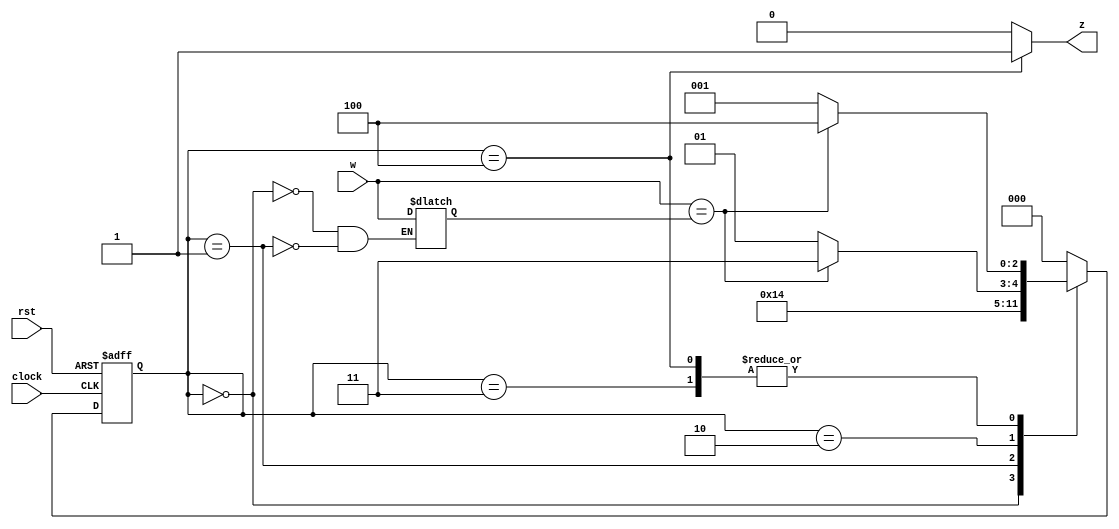
/***************************************************************************
                           Universidad de Costa Rica
                 		     IE-1119 
 				Verificacin Funcional
                                  I Ciclo 2018

 Autor: Pablo Avila B30724

 Descripcion:
 Se requiere disenar un detector de flancos, en el cual despues de 4 1's
 consecutivos en la entrada 'w', la salida 'z' se ponga en alto, incluyendo 
 secuencias traslapadas. El detector cuenta con entradas y salidas sincronicas.

*****************************************************************************/
`timescale 1s / 100ms

module detector2(
  clock,	// Clock
  rst,		// Reset: Active high, sync.
  w, 			// Detector data input
  z				// Detector output
  ); 

//------------- Input Ports --------------------------------
  input wire clock, rst, w;


//------------- Output Ports -------------------------------
  output reg z;


//------------- Internal Constants--------------------------
parameter SIZE = 3;
parameter S0 = 3'b000, S1 = 3'b001, S2 = 3'b010,
          S3 = 3'b011, S4 = 3'b100;    


//------------- Internal Variables---------------------------
reg [SIZE-1:0]	state        ; // Seq part of the FSM
reg [SIZE-1:0]	next_state   ; // combo part of FSM
reg             last_w;		 


//------------- Next State Logic ----------------------------
always @ (state or w)
begin : NEXT_STATE_LOGIC

 case(state)
   S0 : begin
          next_state = S1;
				  last_w = w;
				end

   S1 : begin
					if (w == last_w) begin
                next_state = S2;
          end else begin
                next_state = S2;	
					end
				  last_w = w;		
				end

   S2 : begin
 				  if (w == last_w)
                next_state = S3;
          else
                next_state = S1;		
				end

   S3 : begin
				  if (w == last_w)
                next_state = S4;
          else
                next_state = S1;		
				end

   S4 : begin
					if (w == last_w)
                next_state = S4;
          else
                next_state = S1;		
				end

   default : begin
								next_state = S0;
						 end  
endcase

end

//------------- Sequential Logic-----------------------------
always @ (posedge clock or posedge rst)
begin : FSM_SEQ

  if (rst == 1'b1)
    state <= S0;
  else
    state <= next_state;

end

//------------- Output Logic-----------------------------
always @ (state)
begin : OUTPUT_LOGIC

  case(state)

    S0    	: z <= 1'b0;
    S1    	: z <= 1'b0;
    S2    	: z <= 1'b0;
    S3    	: z <= 1'b0;
    S4    	: z <= 1'b1;
    default : z <= 1'b0;

  endcase
end 

endmodule // End of Module detector2


//------------- Test Bench -----------------------
module Detector2_TestBench;

//------------- Signals --------------------------
reg clock, rst, w;
wire z;

//------------- Clock -----------------------------
always begin
 #1 clock = ~clock;
end

//------------- Device Under Test ------------------
detector2 Detector (
.clock (clock),
.rst (rst),
.w (w),
.z (z)
);

initial begin

  $dumpfile("prueba.vcd");
  $dumpvars(0);

  $monitor ("w= %b, rst= %b, z= %b", w, rst, z);
  $display("\n***Simulation begin \n\n-----DETECTOR RTL -----");


  $display("\nCASE A: Four consecutive 1's and 0's with rst = 1");
  clock = 0;
  rst = 1;
  w = 1;
  #8 w = 0; 

  $display("\nCASE B: Four consecutive 1's and 0's with rst = 0");
  #8 rst = 0;
  w = 1;
  #8 w = 0;

  $display("\nCASE C: Five consecutive 1's and 0's with rst = 0");
  #8 w = 1;
  #10 w = 0;

  $display("\nCASE D: Demonstration of asynchronous reset");
  #10 w =1;
  #8.3 rst = 1;	 

  #4 $display("\n***Simulation end \n");
  $finish;
  
end

endmodule